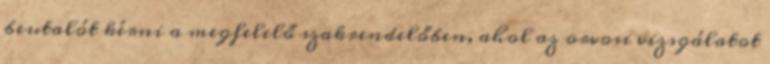
beutalót kérni a megfelelő szakrendelőben, ahol az orvosi vizsgálatot